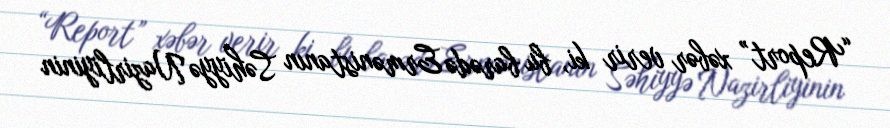
“Report” xəbər verir ki, bu barədə Ermənistanın Səhiyyə Nazirliyinin